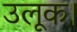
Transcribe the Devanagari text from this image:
उलूक।